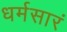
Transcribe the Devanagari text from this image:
धर्मसारं